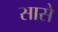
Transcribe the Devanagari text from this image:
सासे